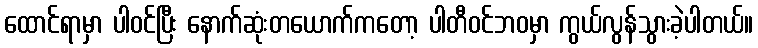
ထောင်ရာမှာ ပါဝင်ပြီး နောက်ဆုံးတယောက်ကတော့ ပါတီဝင်ဘဝမှာ ကွယ်လွန်သွားခဲ့ပါတယ်။